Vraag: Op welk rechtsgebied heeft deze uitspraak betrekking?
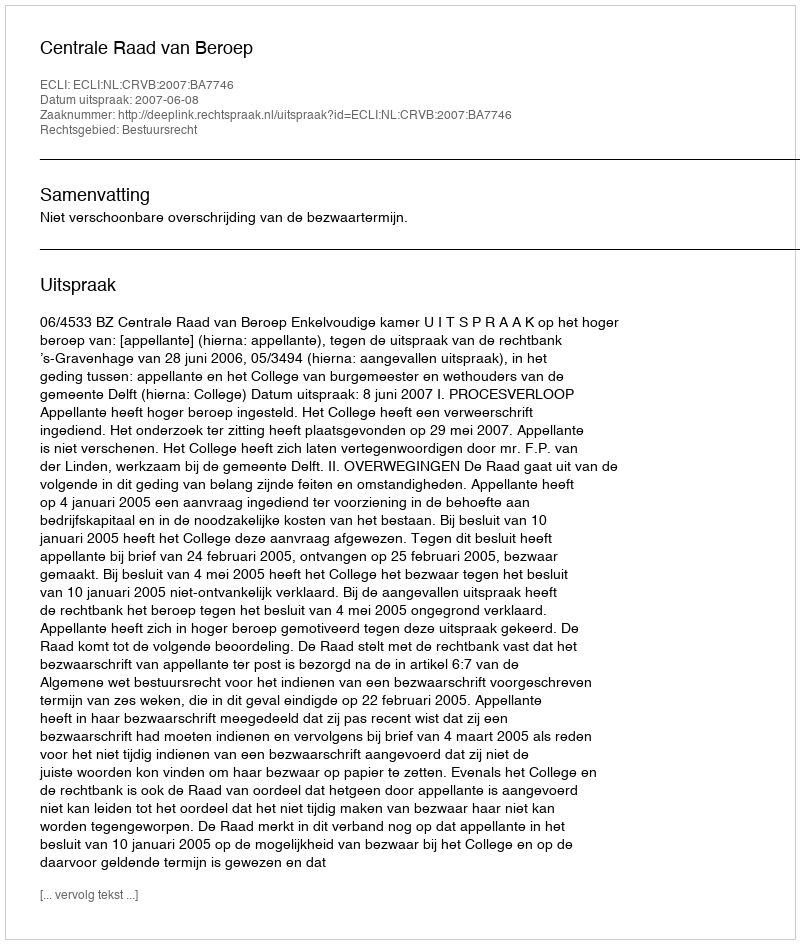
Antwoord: Bestuursrecht